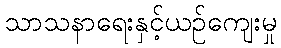
သာသနာရေးနှင့်ယဉ်ကျေးမှု